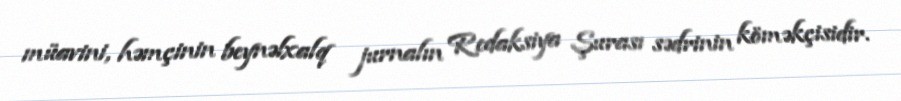
müavini, həmçinin beynəlxalq jurnalın Redaksiya Şurası sədrinin köməkçisidir.